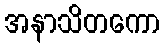
အနာသိတကော